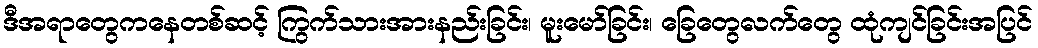
ဒီအရာတွေကနေတစ်ဆင့် ကြွက်သားအားနည်းခြင်း၊ မူးမော်ခြင်း၊ ခြေတွေလက်တွေ ထုံကျင်ခြင်းအပြင်